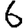
Digit: 6